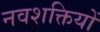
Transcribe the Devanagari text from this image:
नवशक्तियों